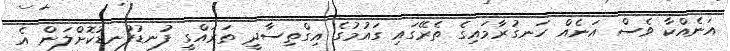
އަނެއްކާ ވެސް އަނެއް ހަނގުރާމައިގެ ތެރޭގައި ގައުމުގެ އިގްތިސާދީ ތަރައްގީ ފުނޑުފުނޑުކޮށްލަން އެ